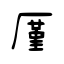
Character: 厪